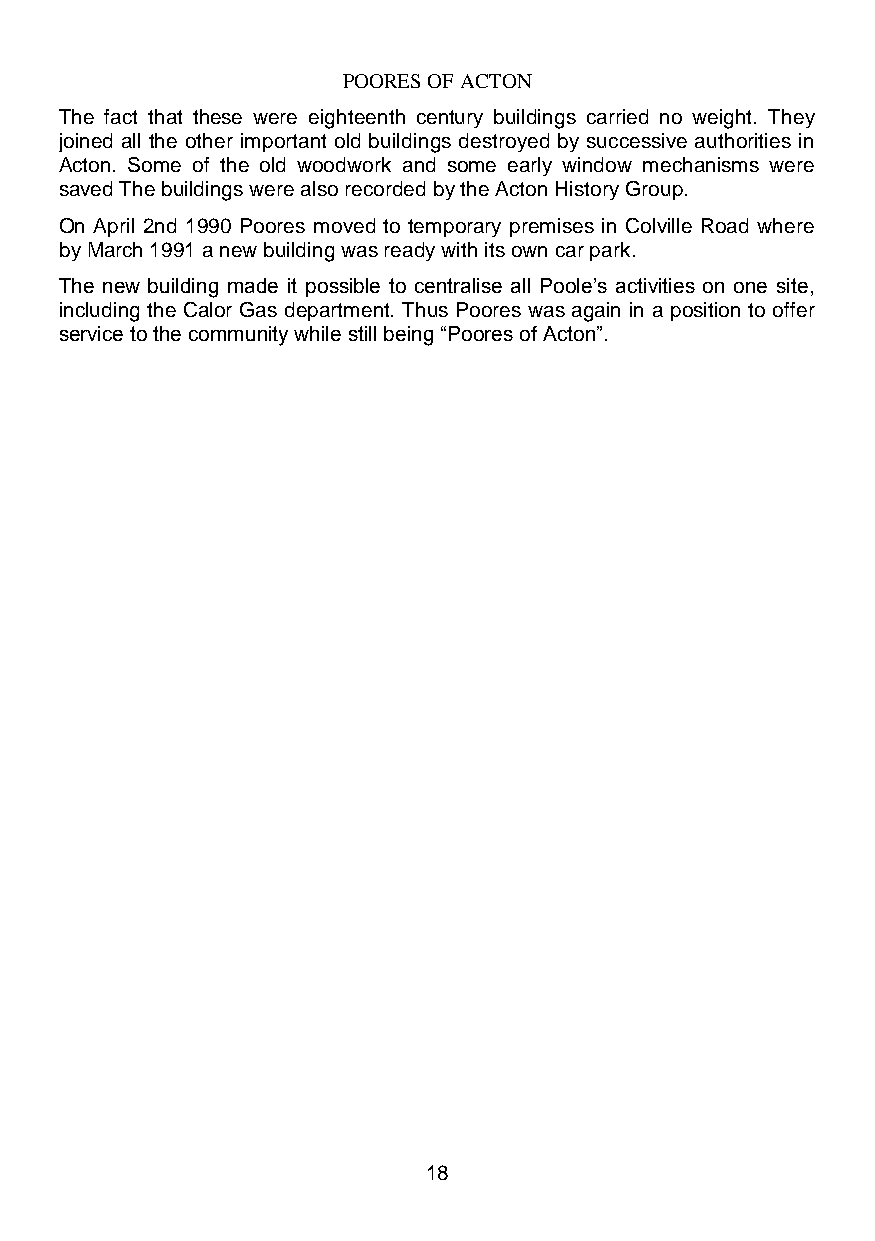
POORES OF ACTON
 The fact that these were eighteenth century buildings carried no weight. They
 joined all the other important old buildings destroyed by successive authorities in
 Acton. Some of the old woodwork and some early window mechanisms were
 saved The buildings were also recorded by the Acton History Group.
 On April 2nd 1990 Poores moved to temporary premises in Colville Road where
 by March 1991 a new building was ready with its own car park.
 The new building made it possible to centralise all Poole’s activities on one site,
 including the Calor Gas department. Thus Poores was again in a position to offer
 service to the community while still being “Poores of Acton”.
 18